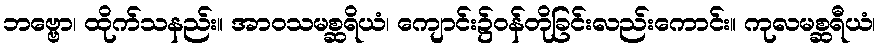
ဘဗ္ဗော၊ ထိုက်သနည်း။ အာဝသမစ္ဆရိယံ၊ ကျောင်း၌ဝန်တိုခြင်းလည်းကောင်း။ ကုလမစ္ဆရီယံ၊